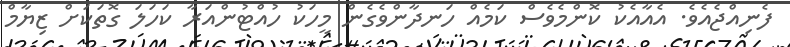
ފެނިއްޖެއެވެ. އެއާއެކު ކޮންމެވެސް ކަމެއް ހަނދާންވެގެން މީހަކު ހުއްޓުންއަރާ ކަހަލަ ގޮތަކަށް ޒިޔާމް